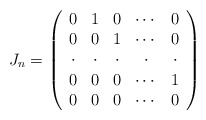
\begin{align*}J_n = \left( {\begin{array}{*{20}c} 0 & 1 & 0 & \cdots & 0 \\ 0 & 0 & 1 & \cdots & 0 \\ \cdot & \cdot & \cdot & \cdot & \cdot \\ 0 & 0 & 0 & \cdots & 1 \\ 0 & 0 & 0 & \cdots & 0 \\ \end{array} } \right)\end{align*}